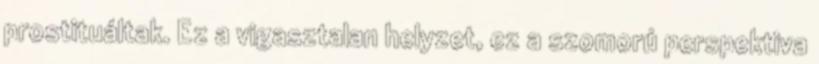
prostituáltak. Ez a vigasztalan helyzet, ez a szomorú perspektiva